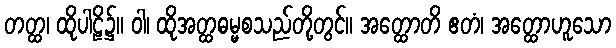
တတ္ထ၊ ထိုပါဠိ၌။ ဝါ၊ ထိုအတ္ထဓမ္မစသည်တို့တွင်။ အတ္ထောတိ ဧတံ၊ အတ္ထောဟူသော